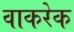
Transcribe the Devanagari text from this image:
वाकरेक